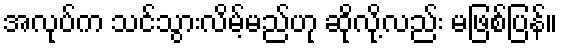
အလုပ်က သင်သွားလိမ့်မည်ဟု ဆိုလို့လည်း မဖြစ်ပြန်။